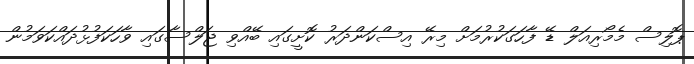
ޕޮލިސް މެމޯރިއަލް ޑޭ ފާހަަގަކުރުމަށް މިރޭ އިސްކަންދަރު ކޮށީގައި ބޭއްވި ޖަލްސާގައި ވާހަކަފުޅުދައްކަވަމުން